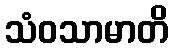
သံဝသာမာတိ